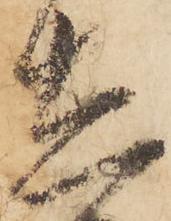
在